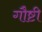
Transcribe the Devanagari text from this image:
गौष्टी